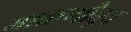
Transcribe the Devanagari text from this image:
गाळणीतून